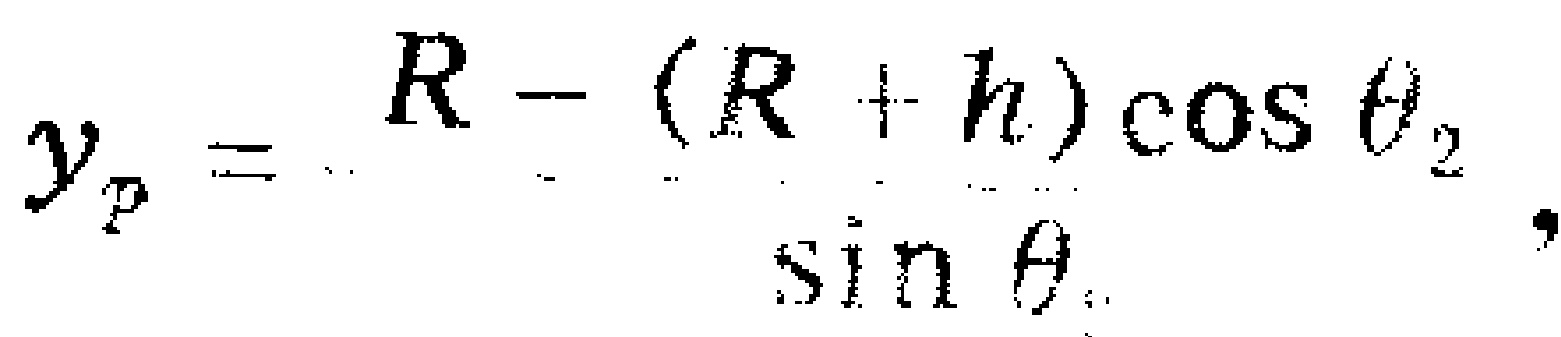
\(y_{p}=R - (R + h)\cos\theta_{2}\)，\(\sin\theta\)